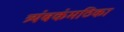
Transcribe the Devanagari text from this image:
त्र्यंबकंमठिका